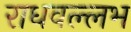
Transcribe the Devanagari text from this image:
राधवल्लभ